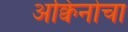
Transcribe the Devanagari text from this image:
अक्विनोचा